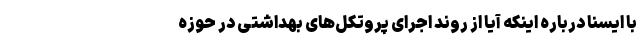
با ایسنا درباره اینکه آیا از روند اجرای پروتکل‌های بهداشتی در حوزه